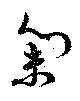
集